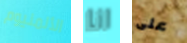
الألمنيوم انا على